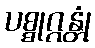
ပစ္စုဂ္ဂန္တုံ